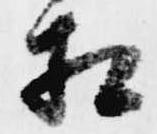
相